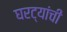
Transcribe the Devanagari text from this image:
घरट्यांची